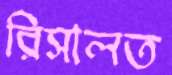
রিসালত